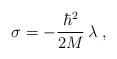
LaTeX: \begin{align*}\sigma = - \frac{\hbar^{2}}{2M} \, \lambda\; ,\end{align*}